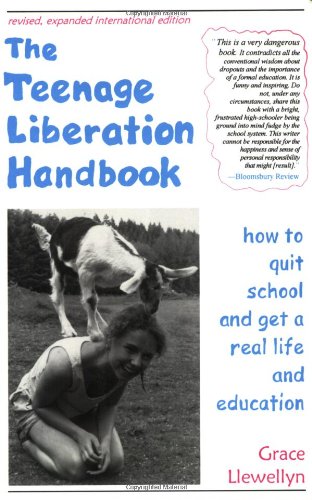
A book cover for The Teenage Liberation Handbook: How to Quit School and Get a Real Life and Education; Grace Llewellyn; Parenting & Relationships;